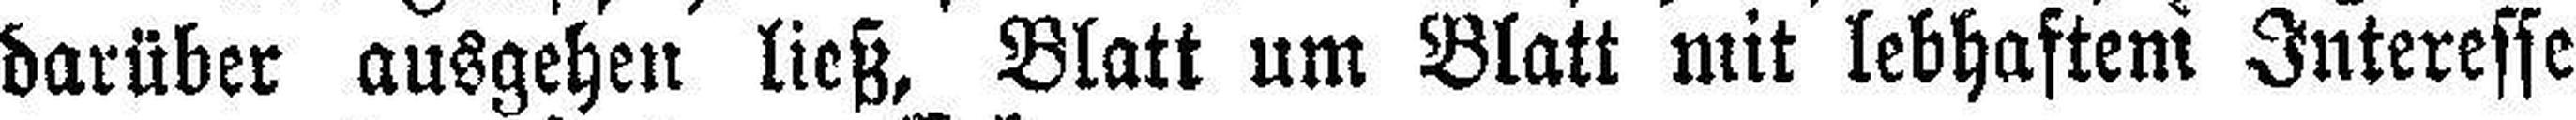
darüber ausgehen ließ, Blatt um Blatt mit lebhaftem Interesse